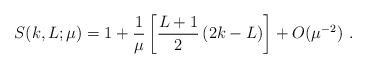
LaTeX: \begin{align*}S(k,L;\mu)=1+\frac{1}{\mu}\left[ \frac{L+1}{2}\left( 2k-L\right) \right]+O(\mu^{-2})\ .\end{align*}